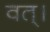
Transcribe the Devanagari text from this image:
वत्।